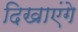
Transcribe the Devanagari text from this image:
दिखाएंगे